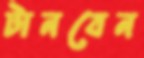
টানবেন